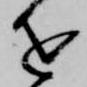
を